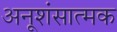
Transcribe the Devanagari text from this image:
अनूशंसात्मक